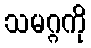
သမဂ္ဂကို